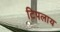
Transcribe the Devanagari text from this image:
टिपलाय